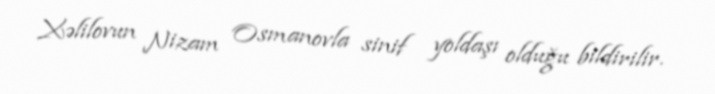
Xəlilovun Nizam Osmanovla sinif yoldaşı olduğu bildirilir.